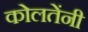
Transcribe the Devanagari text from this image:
कोलतेंनी